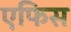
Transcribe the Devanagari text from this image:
एफिस